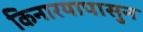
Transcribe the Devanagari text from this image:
किनारयापासुन